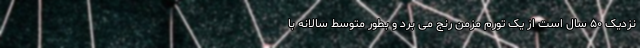
نزدیک ۵۰ سال است از یک تورم مزمن رنج می برد و بطور متوسط سالانه با